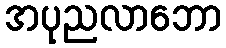
အပုညလာဘော